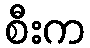
စီးက